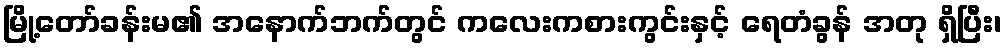
မြို့တော်ခန်းမ၏ အနောက်ဘက်တွင် ကလေးကစားကွင်းနှင့် ရေတံခွန် အတု ရှိပြီး၊